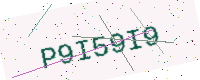
Text: P9I59I9